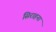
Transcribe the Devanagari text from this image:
सिराहना